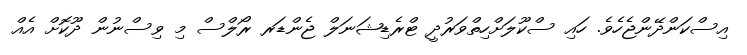
އިސްކަންދޭންޖެހެވެ. ހައި ސްކޫލަށްހިތްވަރުދީ ޓްރެޑިޝަނަލް ޖެންޑަރ ރޯލްސް މި ވިސްނުން ދޫކޮށް އެއް